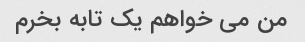
من می خواهم یک تابه بخرم